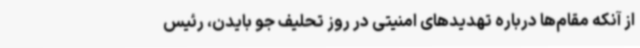
از آنکه مقام‌ها درباره تهدیدهای امنیتی در روز تحلیف جو بایدن، رئیس